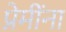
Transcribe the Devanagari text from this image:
प्रेमींना